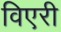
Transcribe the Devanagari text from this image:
विएरी